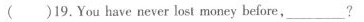
( )19.You have never lost money before___?